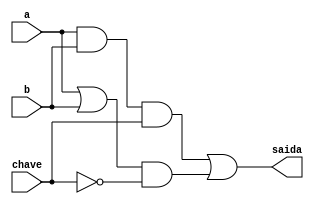
// ---------------
// Exemplo0032 - F4 - LU 02
// Nome: Josemar Alves Caetano
// Matrcula: 448662
// Data: 20/08/2012
// ----------------

// ----------------
// LU 02
// ----------------
module lu02(output saida, input a, input b, input chave);

//Declarao dos fios da LU
 wire s0, s1, c0, c1, d0, d1;

//Declarao das portas da LU
 and and1(s0, a, b); //Primeira operao da LU
 or or1(s1, a, b); //Segunda operao da LU
 
//Descrio da LU
 not not1(c1, chave);
 buf buf1(c0, chave);
 and and2(d0, s0, c0); //Coorderna a AND1
 and and3(d1, s1, c1); //Coordena a OR1
 or or2(saida, d0, d1);

endmodule //lu02

// ----------------
// f4 
// ----------------
module f4(output [3:0]s, input [3:0]a, input [3:0]b, input chave);
 
//Chama a LU bit a bit de acordo com a chave
 lu02 lu1(s[0], a[0], b[0], chave);
 lu02 lu2(s[1], a[1], b[1], chave);
 lu02 lu3(s[2], a[2], b[2], chave);
 lu02 lu4(s[3], a[3], b[3], chave);
 
endmodule //f4
 

// ----------------
// test f4
// ----------------
module test_f4;

// ---------------- Definir dados
 reg [3:0]x; //Primeiro byte
 reg [3:0]y; //Segundo byte
 wire[3:0]z; //Sada
 reg chave;
 
// ----------------- Intncia
f4 modulo(z, x, y, chave);

// ----------------- Preparao
 initial begin: start
   x = 4'b0011; y = 4'b0101;
   chave = 1'b1;
 end

// ----------------- Parte principal
 initial begin:main
   $display("Exemplo0032 - Josemar Alves Caetano - 448662");
	$display("Test LU's module");
	
   // Projetar testes do modulo
	
	$display("\nTeste da operao AND:\n");

	 #1 $display("%3b & %3b = %3b", x, y, z); //Resultado esperado: 0001
	    x = 4'b0001; y = 4'b0100;

    #1 $display("%3b & %3b = %3b", x, y, z); //Resultado esperado: 0000
	    x = 4'b0101; y = 4'b0100;

	 #1 $display("%3b & %3b = %3b", x, y, z); //Resultado esperado: 0100
       x = 4'b0001; y = 4'b0100; 
	$display("\nTeste da operao OR:\n");
   
	#1  chave = 1'b0;
	
	#1  $display("%3b | %3b = %3b", x, y, z);  //Resultado esperado: 0101
       x = 4'b0011; y = 4'b0100; 
  
   #1  $display("%3b | %3b = %3b", x, y, z);  //Resultado esperado: 0111




 end
 
endmodule //test_f4